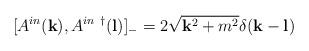
LaTeX: \begin{align*}[A^{in}({\bf k}), A^{in~\dagger}({\bf l})]_-=2\sqrt{{\bf k}^2+m^2}\delta({\bf k}-{\bf l})\end{align*}